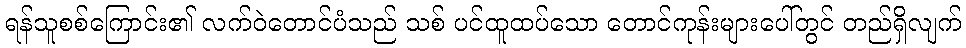
ရန်သူစစ်ကြောင်း၏ လက်ဝဲတောင်ပံသည် သစ် ပင်ထူထပ်သော တောင်ကုန်းများပေါ်တွင် တည်ရှိလျက်